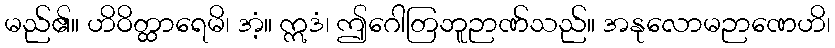
မည်၏။ ဟိဝိတ္ထာရေမိ၊ အံ့။ ဣဒံ၊ ဤဂေါတြဘူဉာဏ်သည်။ အနုလောမဉာဏေဟိ၊